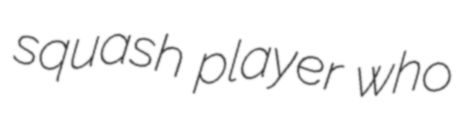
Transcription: squash player who